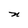
Character: n